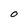
Character: O